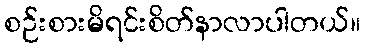
စဉ်းစားမိရင်းစိတ်နာလာပါတယ်။